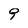
Character: 9